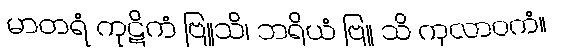
မာတရံ ကုဋိကံ ဗြူသိ၊ ဘရိယံ ဗြူ သိ ကုလာဝကံ။